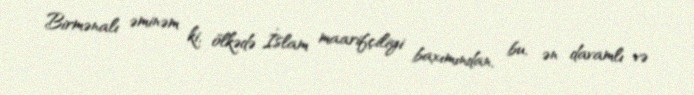
Birmənalı əminəm ki, ölkədə İslam maarifçiliyi baxımından, bu, ən davamlı və